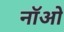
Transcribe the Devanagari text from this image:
नॉओ